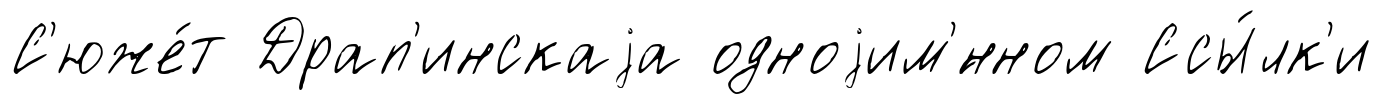
С'юже́т Драп'инскаjа одноjим'́нном Ссы́лк'и